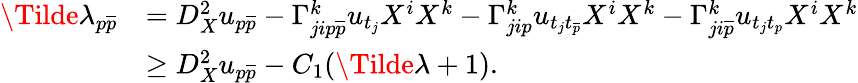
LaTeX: \begin{array}{rl}{\Tilde{\lambda}_{p\overline{{p}}}}&{=D_{X}^{2}u_{p\overline{p}}-\Gamma_{jip\overline{p}}^{k}u_{t_{j}}X^{i}X^{k}-\Gamma_{jip}^{k}u_{t_{j}t_{\overline{p}}}X^{i}X^{k}-\Gamma_{ji\overline{p}}^{k}u_{t_{j}t_{p}}X^{i}X^{k}}\\ &{\geq D_{X}^{2}u_{p\overline{p}}-C_{1}(\Tilde{\lambda}+1).}\end{array}